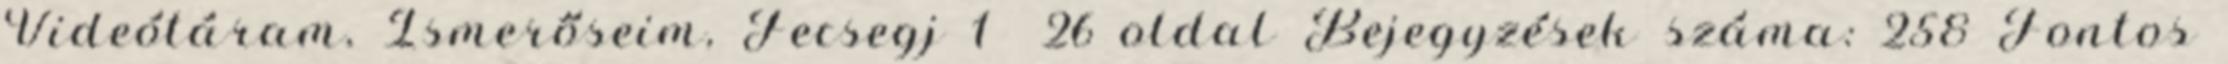
Videótáram, Ismerőseim, Fecsegj 1 26 oldal Bejegyzések száma: 258 Fontos